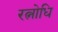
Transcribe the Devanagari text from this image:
रत्नोधि